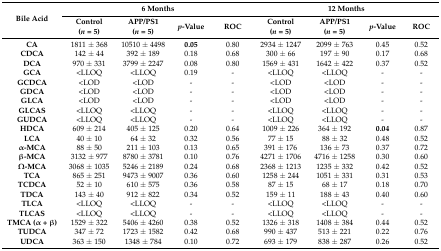
<table><thead><tr><td rowspan="2"><b>Bile Acid</b></td><td colspan="4"><b>6 Months</b></td><td colspan="4"><b>12 Months</b></td></tr><tr><td><b>Control (<i>n</i> = 5)</b></td><td><b>APP/PS1 (<i>n</i> = 5)</b></td><td><b><i>p</i>-Value</b></td><td><b>ROC</b></td><td><b>Control (<i>n</i> = 5)</b></td><td><b>APP/PS1 (<i>n</i> = 5)</b></td><td><b><i>p</i>-Value</b></td><td><b>ROC</b></td></tr></thead><tbody><tr><td><b>CA</b></td><td>1811 ± 368</td><td>10510 ± 4498</td><td><b>0.05</b></td><td>0.80</td><td>2934 ± 1247</td><td>2099 ± 763</td><td>0.45</td><td>0.52</td></tr><tr><td><b>CDCA</b></td><td>142 ± 44</td><td>392 ± 189</td><td>0.18</td><td>0.68</td><td>300 ± 66</td><td>197 ± 90</td><td>0.17</td><td>0.68</td></tr><tr><td><b>DCA</b></td><td>970 ± 331</td><td>3799 ± 2247</td><td>0.08</td><td>0.80</td><td>1569 ± 431</td><td>1642 ± 422</td><td>0.37</td><td>0.52</td></tr><tr><td><b>GCA</b></td><td>&lt;LLOQ</td><td>&lt;LLOQ</td><td>0.19</td><td>-</td><td>&lt;LLOQ</td><td>&lt;LLOQ</td><td>-</td><td>-</td></tr><tr><td><b>GCDCA</b></td><td>&lt;LOD</td><td>&lt;LOD</td><td>-</td><td>-</td><td>&lt;LOD</td><td>&lt;LOD</td><td>-</td><td>-</td></tr><tr><td><b>GDCA</b></td><td>&lt;LOD</td><td>&lt;LOD</td><td>-</td><td>-</td><td>&lt;LOD</td><td>&lt;LOD</td><td>-</td><td>-</td></tr><tr><td><b>GLCA</b></td><td>&lt;LOD</td><td>&lt;LOD</td><td>-</td><td>-</td><td>&lt;LOD</td><td>&lt;LOD</td><td>-</td><td>-</td></tr><tr><td><b>GLCAS</b></td><td>&lt;LLOQ</td><td>&lt;LLOQ</td><td>-</td><td>-</td><td>&lt;LLOQ</td><td>&lt;LLOQ</td><td>-</td><td>-</td></tr><tr><td><b>GUDCA</b></td><td>&lt;LLOQ</td><td>&lt;LLOQ</td><td>-</td><td>-</td><td>&lt;LLOQ</td><td>&lt;LLOQ</td><td>-</td><td>-</td></tr><tr><td><b>HDCA</b></td><td>609 ± 214</td><td>405 ± 125</td><td>0.20</td><td>0.64</td><td>1009 ± 226</td><td>364 ± 192</td><td><b>0.04</b></td><td>0.87</td></tr><tr><td><b>LCA</b></td><td>40 ± 10</td><td>64 ± 32</td><td>0.32</td><td>0.56</td><td>77 ± 15</td><td>88 ± 32</td><td>0.48</td><td>0.52</td></tr><tr><td><b>α-MCA</b></td><td>88 ± 50</td><td>211 ± 103</td><td>0.13</td><td>0.65</td><td>391 ± 176</td><td>136 ± 73</td><td>0.37</td><td>0.72</td></tr><tr><td><b>β-MCA</b></td><td>3132 ± 977</td><td>8780 ± 3781</td><td>0.10</td><td>0.76</td><td>4271 ± 1706</td><td>4716 ± 1258</td><td>0.30</td><td>0.60</td></tr><tr><td><b>Ω-MCA</b></td><td>3068 ± 1035</td><td>5246 ± 2189</td><td>0.24</td><td>0.68</td><td>2368 ± 1213</td><td>1235 ± 332</td><td>0.42</td><td>0.52</td></tr><tr><td><b>TCA</b></td><td>865 ± 251</td><td>9473 ± 9007</td><td>0.36</td><td>0.60</td><td>1258 ± 244</td><td>1051 ± 331</td><td>0.31</td><td>0.53</td></tr><tr><td><b>TCDCA</b></td><td>52 ± 10</td><td>610 ± 575</td><td>0.36</td><td>0.58</td><td>87 ± 15</td><td>68 ± 17</td><td>0.18</td><td>0.70</td></tr><tr><td><b>TDCA</b></td><td>143 ± 40</td><td>912 ± 822</td><td>0.34</td><td>0.52</td><td>159 ± 11</td><td>188 ± 43</td><td>0.40</td><td>0.60</td></tr><tr><td><b>TLCA</b></td><td>&lt;LLOQ</td><td>&lt;LLOQ</td><td>-</td><td>-</td><td>&lt;LLOQ</td><td>&lt;LLOQ</td><td>-</td><td>-</td></tr><tr><td><b>TLCAS</b></td><td>&lt;LLOQ</td><td>&lt;LLOQ</td><td>-</td><td>-</td><td>&lt;LLOQ</td><td>&lt;LLOQ</td><td>-</td><td>-</td></tr><tr><td><b>TMCA (α + β)</b></td><td>1529 ± 322</td><td>5406 ± 4260</td><td>0.38</td><td>0.52</td><td>1326 ± 318</td><td>1408 ± 384</td><td>0.44</td><td>0.52</td></tr><tr><td><b>TUDCA</b></td><td>347 ± 72</td><td>1723 ± 1582</td><td>0.42</td><td>0.68</td><td>990 ± 437</td><td>513 ± 221</td><td>0.22</td><td>0.76</td></tr><tr><td><b>UDCA</b></td><td>363 ± 150</td><td>1348 ± 784</td><td>0.10</td><td>0.72</td><td>693 ± 179</td><td>838 ± 287</td><td>0.26</td><td>0.52</td></tr></tbody></table>